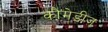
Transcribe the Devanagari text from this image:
कौमेडीज़